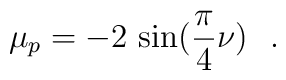
\mu_p = -2\,\sin (\frac{\pi}{4}\nu)~~.